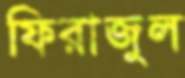
ফিরাজুল